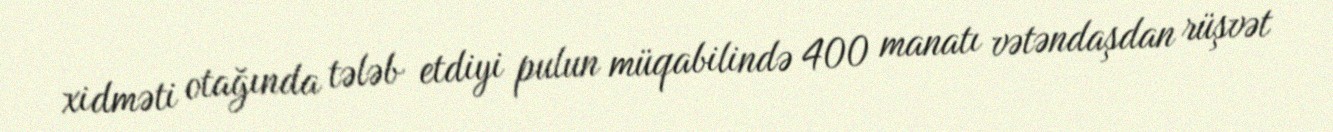
xidməti otağında tələb etdiyi pulun müqabilində 400 manatı vətəndaşdan rüşvət